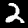
Digit: 2